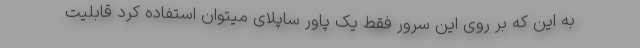
به این که بر روی این سرور فقط یک پاور ساپلای میتوان استفاده کرد قابلیت